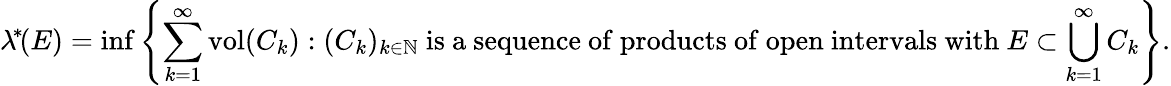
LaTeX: \lambda^{\! *\! }(E)=\operatorname*{inf}\left\{ \sum_{k=1}^{\infty}\operatorname{vol}(C_{k}):{(C_{k})_{k\in\mathbb{N}}}{\mathrm{~is~a~sequence~of~products~of~open~intervals~with~}}E\subset\bigcup_{k=1}^{\infty}C_{k}\right\} .